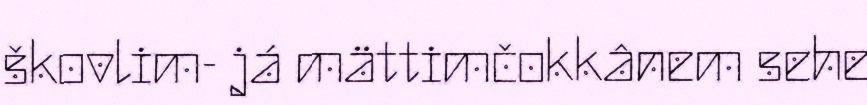
škovlim- já mättimčokkânem sehe